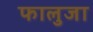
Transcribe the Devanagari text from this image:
फालुजा